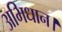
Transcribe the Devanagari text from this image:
अभिधान।